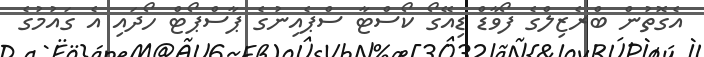
އެގޮތުން ބްރެޒިލްގެ ފޯވާޑް ޑިއޭގޯ ކޯސްޓާ ސްޕެއިނުގެ ޕާސްޕޯޓް ހޯދައި އެ ގައުމުގެ